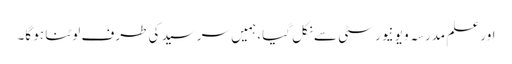
اور علم مدرسہ و یونیورسٹی سے نکل گیا، ہمیں سرسید کی طرف لوٹنا ہو گا۔